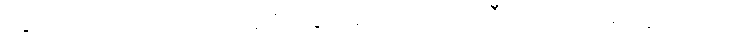
ဆွဲကြိုးကို ကြည့်ရင်း သူဇာလွင် လော့ကတ်သီးကို သတိရသွားတယ်။